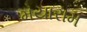
મયારામ